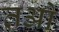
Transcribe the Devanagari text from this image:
तओ